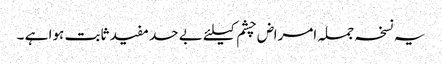
یہ نسخہ جملہ امراض چشم کیلئے بے حد مفید ثابت ہوا ہے ۔